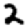
Digit: 2